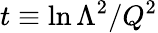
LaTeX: t\equiv\ln\Lambda^{2}/Q^{2}